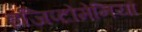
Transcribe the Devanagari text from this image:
इजिप्टोमेनिया